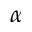
\alpha